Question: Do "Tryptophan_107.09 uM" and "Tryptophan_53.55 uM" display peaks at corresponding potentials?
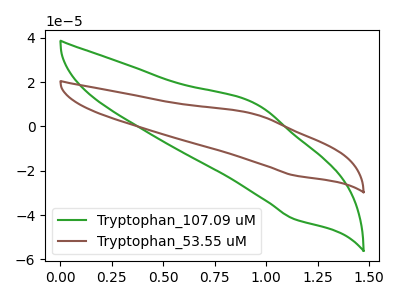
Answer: <think>The green curve "Tryptophan_107.09 uM" has an anodic peak at (0.95V, 10.40uA) and a cathodic peak at (1.15V, -41.75uA). The brown curve "Tryptophan_53.55 uM" has an anodic peak at (0.95V, 5.50uA) and a cathodic peak at (1.15V, -22.05uA).</think>
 <answer>Yes, "Tryptophan_107.09 uM" have a peak in "Tryptophan_53.55 uM" at the same potential.</answer>
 <eval>match</eval>